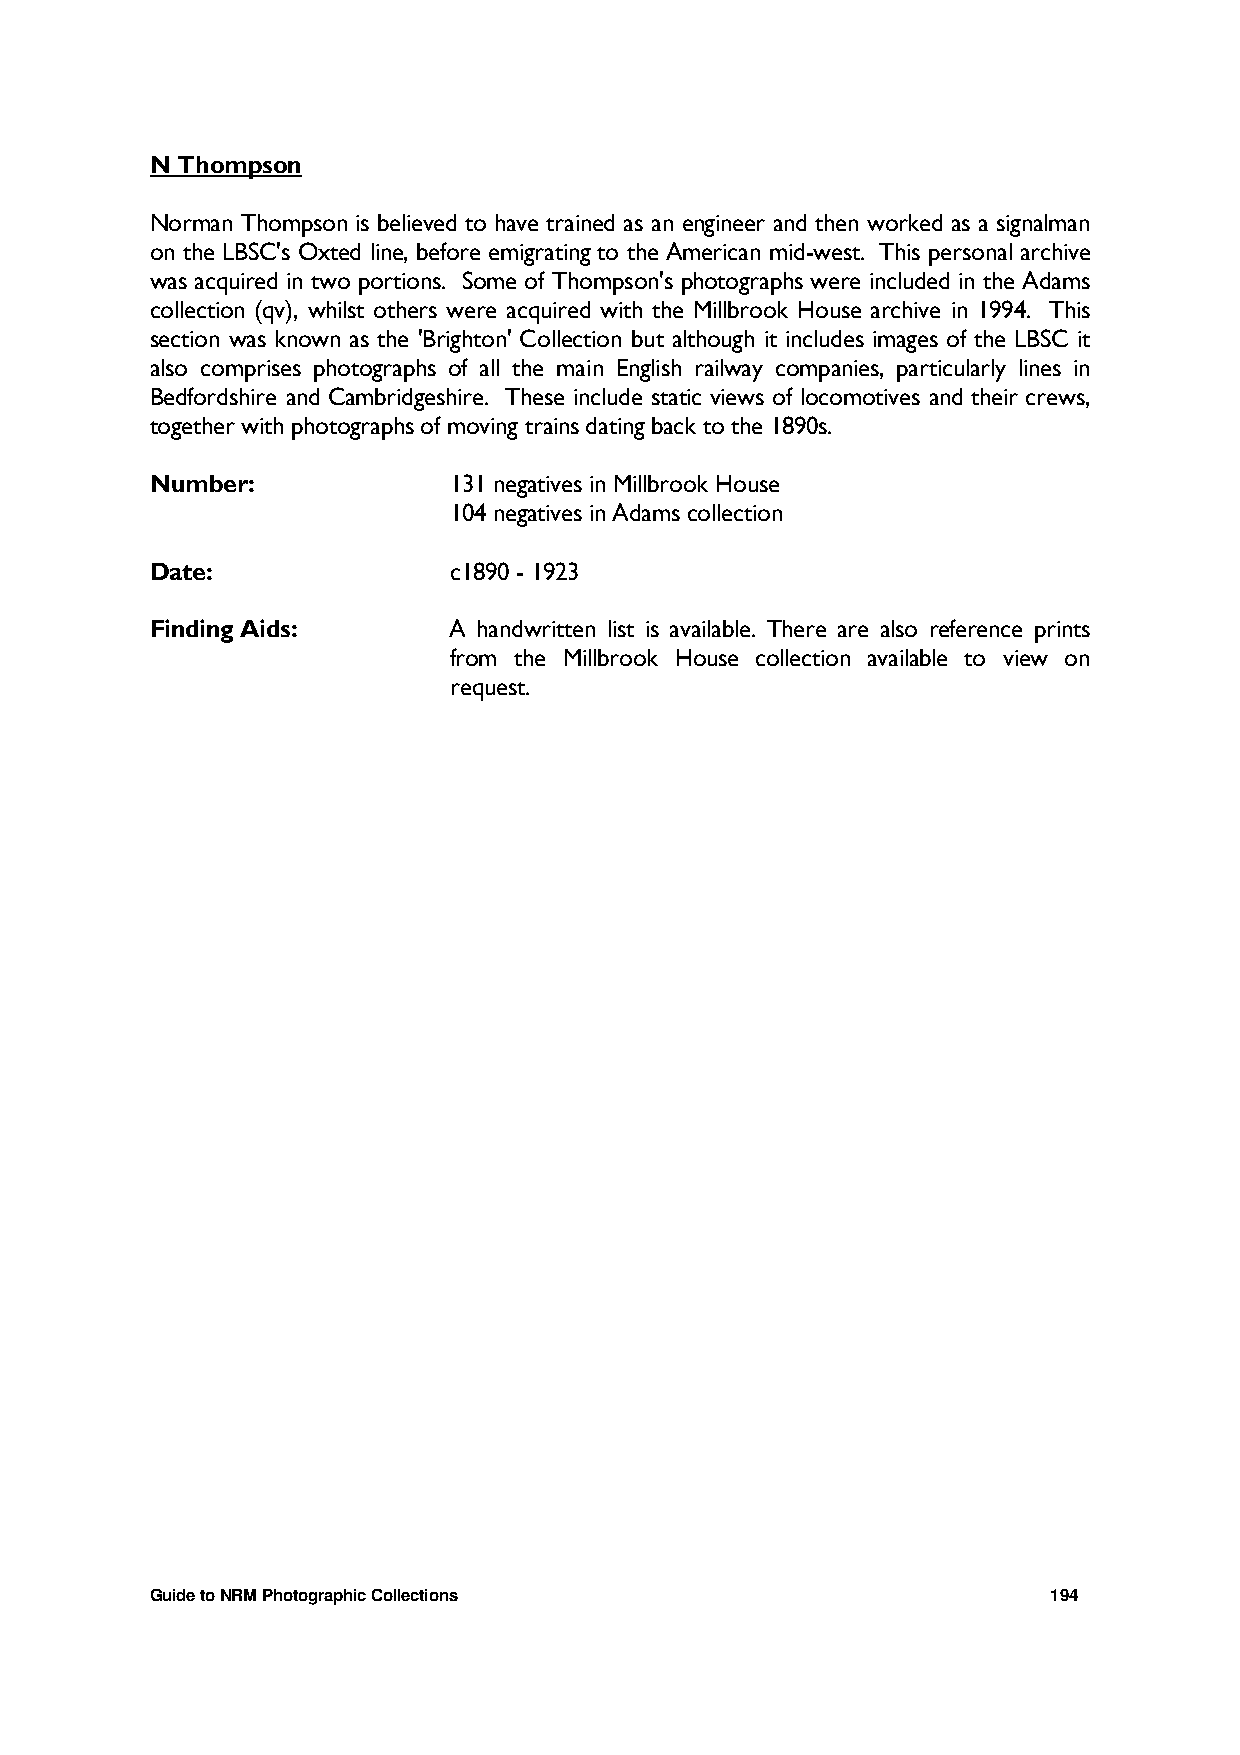
N Thompson
 Norman Thompson is believed to have trained as an engineer and then worked as a signalman
 on the LBSC's Oxted line, before emigrating to the American mid-west. This personal archive
 was acquired in two portions. Some of Thompson's photographs were included in the Adams
 collection (qv), whilst others were acquired with the Millbrook House archive in 1994. This
 section was known as the 'Brighton' Collection but although it includes images of the LBSC it
 also comprises photographs of all the main English railway companies, particularly lines in
 Bedfordshire and Cambridgeshire. These include static views of locomotives and their crews,
 together with photographs of moving trains dating back to the 1890s.
 Number:             131 negatives in Millbrook House
 104 negatives in Adams collection
 Date:               c1890 - 1923
 Finding Aids:       A handwritten list is available. There are also reference prints
 from the Millbrook House collection available to view on
 request.
 Guide to NRM Photographic Collections                       194